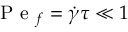
\mathrm { ~ P ~ e ~ } _ { f } = \dot { \gamma } \tau \ll 1